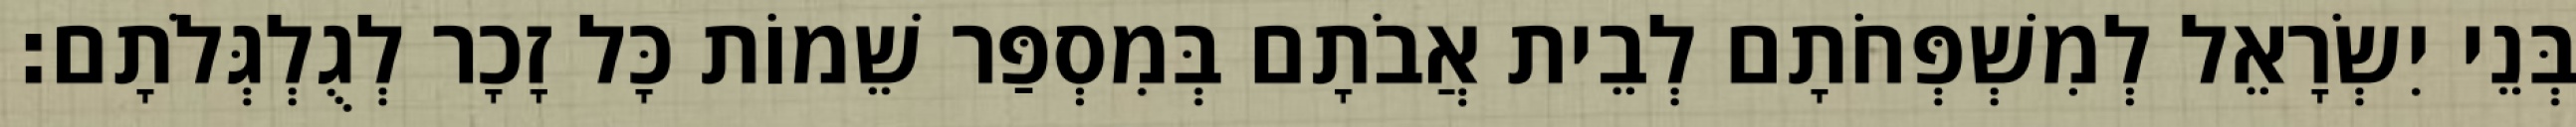
בְּנֵי יִשְׂרָאֵל לְמִשְׁפְּחֹתָם לְבֵית אֲבֹתָם בְּמִסְפַּר שֵׁמוֹת כָּל זָכָר לְגֻלְגְּלֹתָם׃